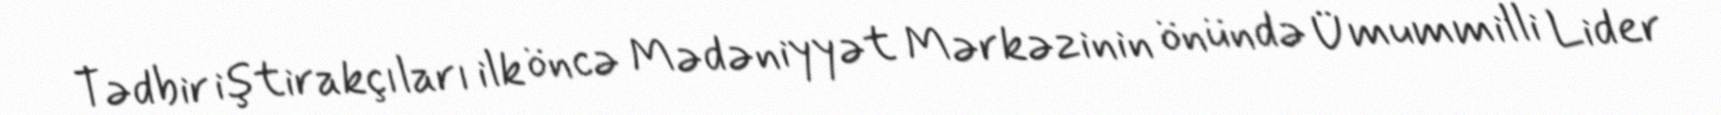
Tədbir iştirakçıları ilk öncə Mədəniyyət Mərkəzinin önündə Ümummilli Lider